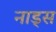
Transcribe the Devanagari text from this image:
नाड्स